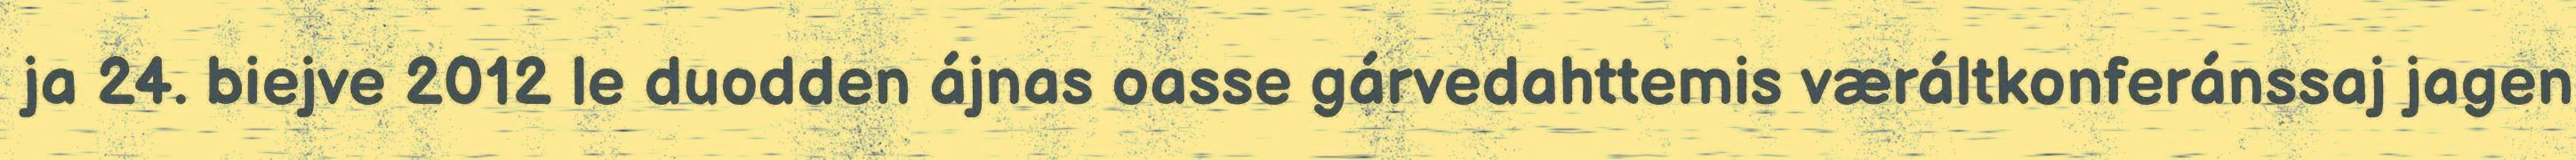
ja 24. biejve 2012 le duodden ájnas oasse gárvedahttemis væráltkonferánssaj jagen